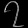
Digit: ၇